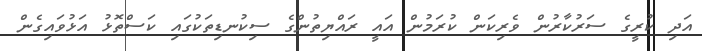
އަދި ކުރީގެ ސަރުކާރުން ވެރިކަން ކުރަމުން އައީ ރައްޔިތުންގެ ސިކުނޑިތަކުގައި ކަސްތޮޅު އަޅުވައިގެން